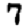
Digit: 7